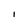
Character: I